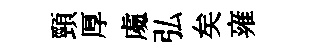
頸厚䖏弘矣雍